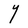
Character: Y